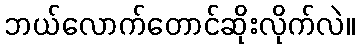
ဘယ်လောက်တောင်ဆိုးလိုက်လဲ။